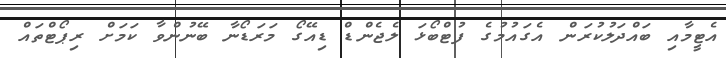
އެޓީމާއި ބައްދަލުކުރަން އެގައުމުގެ ފުޓްބޯޅަ ލެޖެންޑް ޑިއޭގޯ މަރަޑޯނާ ބޭނުންވާ ކަމަށް ރިޕޯޓްތައް